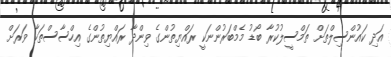
އަދި ކައުންސިލްތަށް ތަމްސީލުކުރާ ބޯޑު މެމްބަރުންނަކީ ރައްޔިތުންގެ ވިންދާ ރައްޔިތުންގެ އިހްސާސްތަކާ ވަރަށް